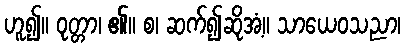
ဟူ၍။ ဝုတ္တာ၊ ၏။ စ၊ ဆက်၍ဆိုအံ့။ သာယေဝသညာ၊